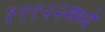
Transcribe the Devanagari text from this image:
१९९२२मध्ये